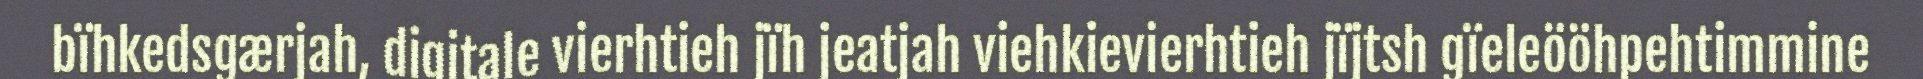
bïhkedsgærjah, digitale vierhtieh jïh jeatjah viehkievierhtieh jïjtsh gïeleööhpehtimmine